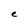
Character: e